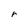
Character: r